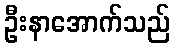
ဦးနာအောက်သည်